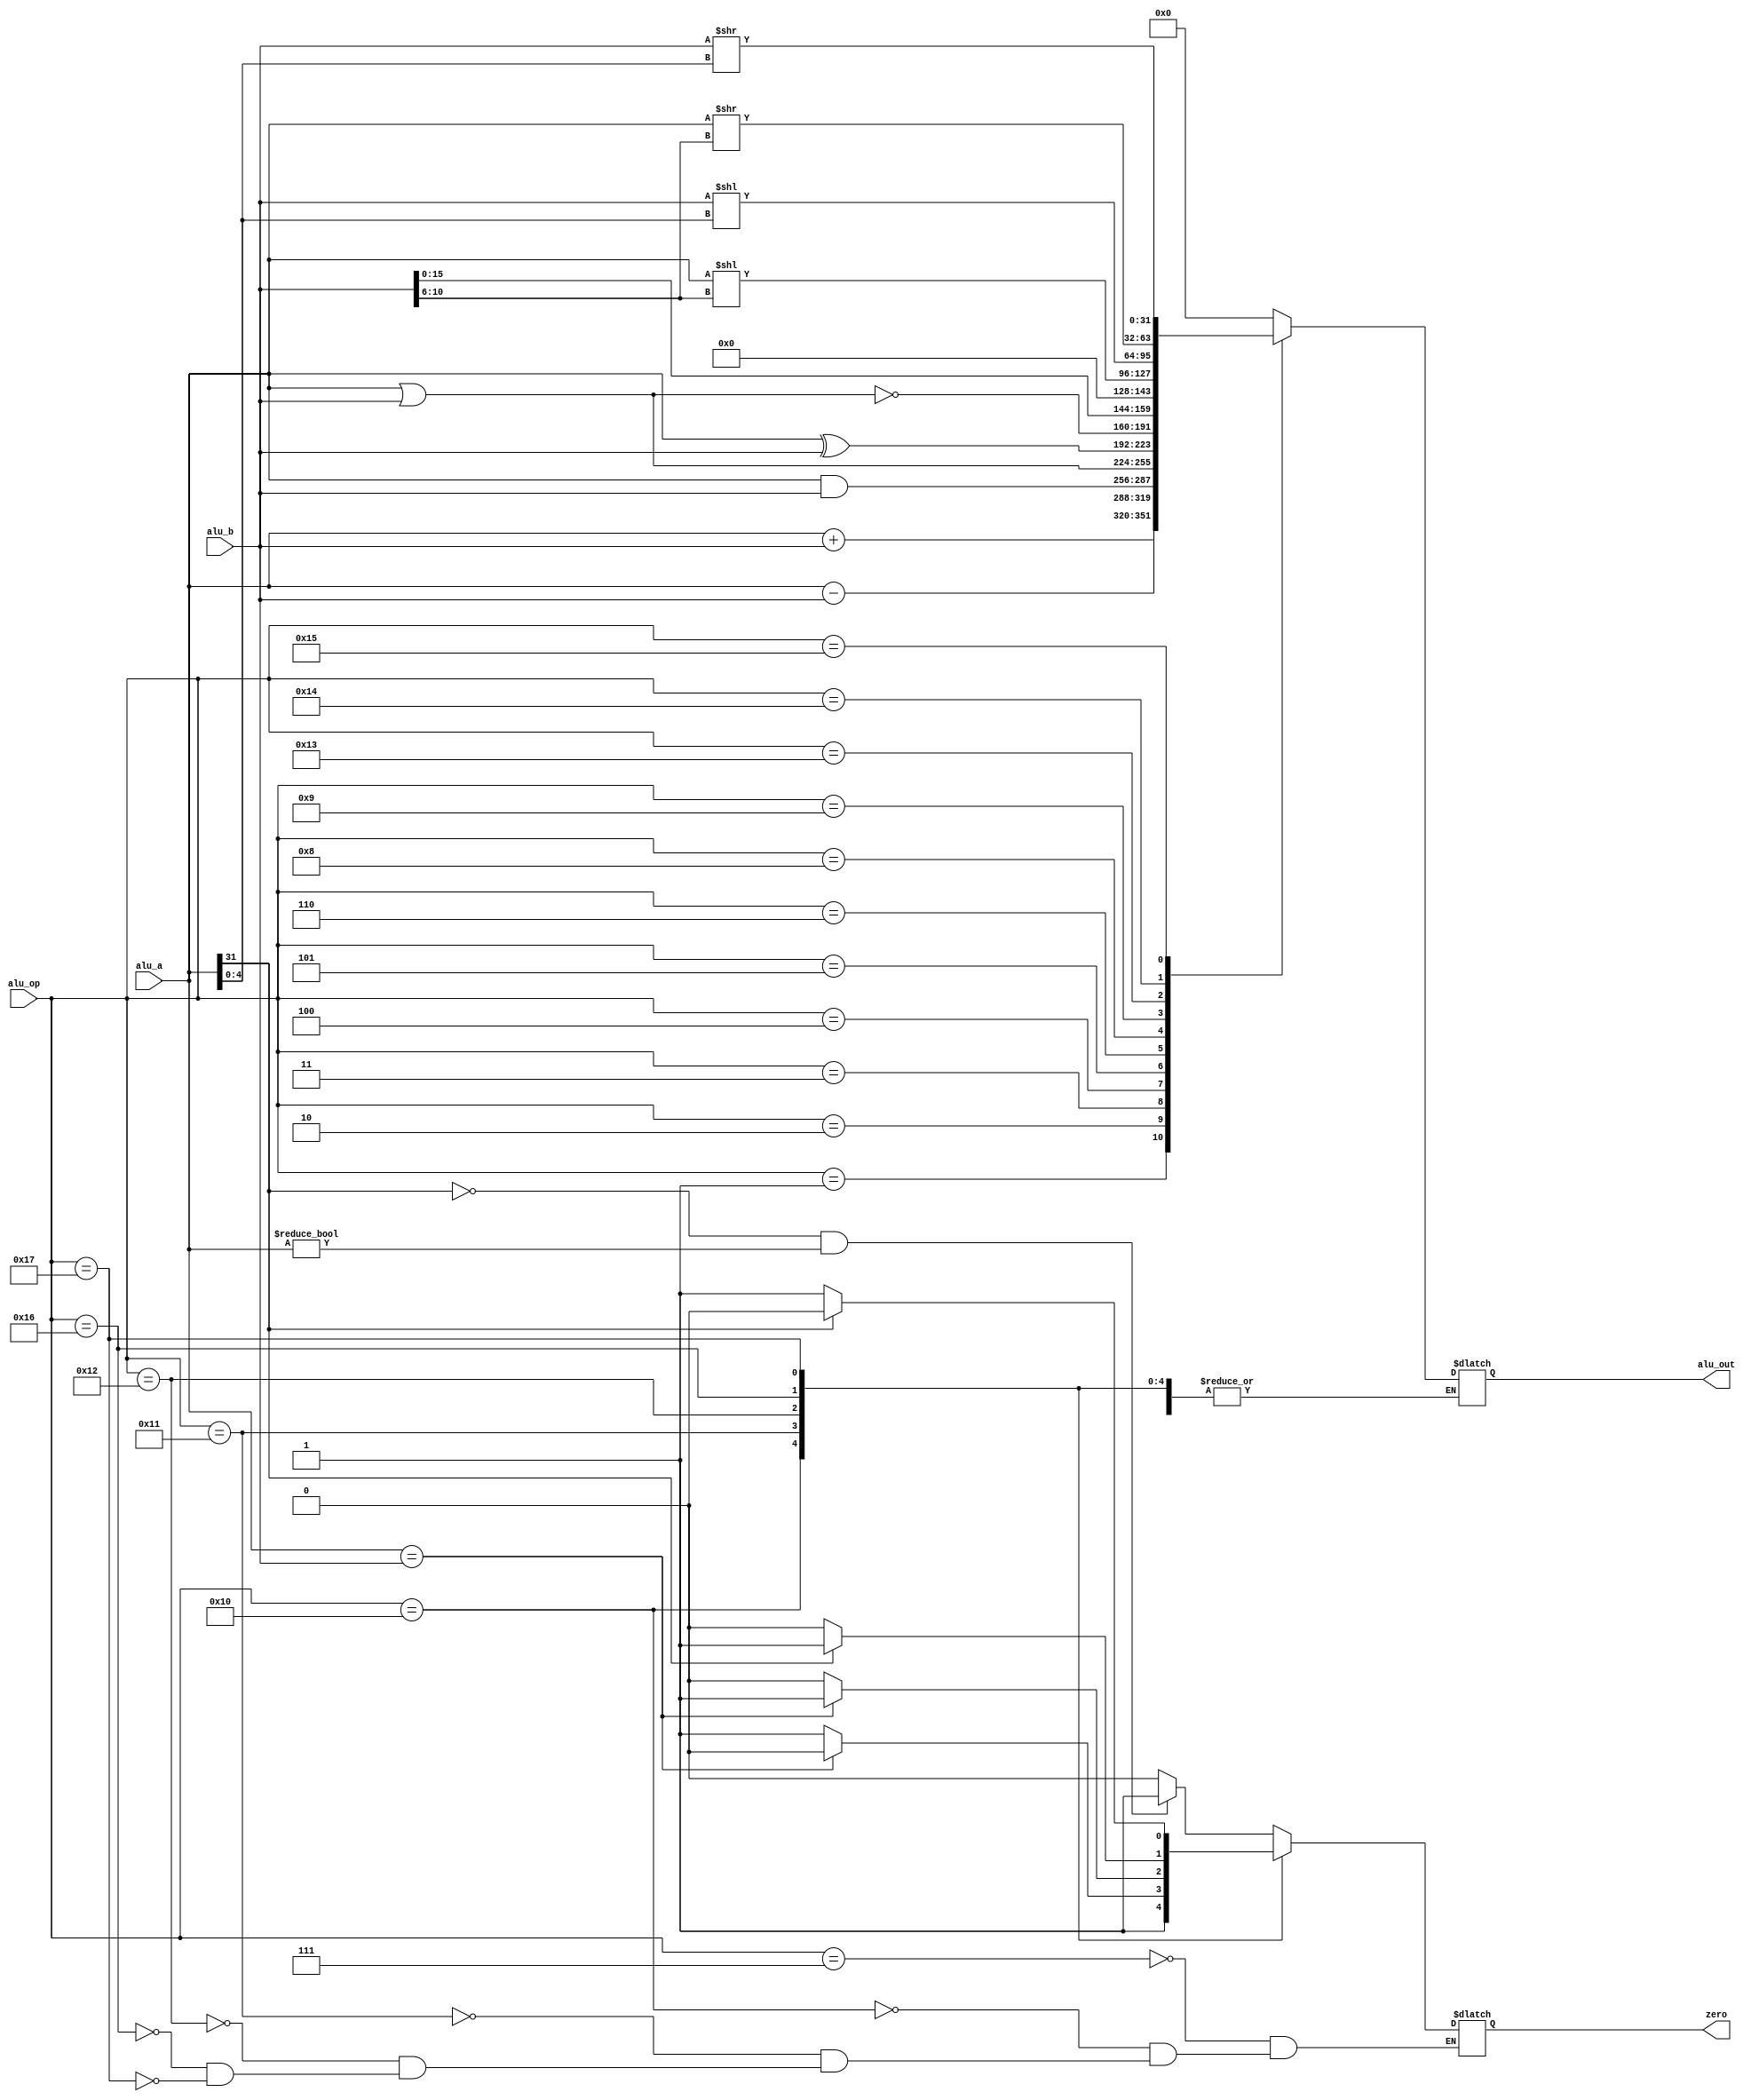
`timescale 1ns / 1ps

module ALU(
	input signed [31:0] alu_a,
	input signed [31:0] alu_b,
	input [4:0] alu_op,
	output reg [31:0] alu_out,
	output reg zero
    );

parameter A_NOP = 5'h00; //  
parameter A_ADD = 5'h01; //
parameter A_SUB = 5'h02; //
parameter A_AND = 5'h03; //
parameter A_OR  = 5'h04; //
parameter A_XOR = 5'h05; //
parameter A_NOR = 5'h06; //
parameter A_BGTZ = 5'h7;//bgtz
parameter A_LUI = 5'h8;//lui 
parameter A_SLL =5'h9;//
parameter A_JUMP = 5'h10;//jump  jr
parameter A_BNE = 5'h11;//bne 
parameter A_BEQ =5'h12;//beq 
parameter A_SLLV =5'h13;//sllv r-type
parameter A_SRL =5'h14;//
parameter A_SRLV =5'h15;//srlv r-type
parameter A_BLTZ = 5'h16;//bltz
parameter A_BGEZ = 5'h17;//bgez

initial zero=1;

always @(*)
begin
	case (alu_op)
	A_NOP:alu_out = 32'h0;
	A_ADD:alu_out = alu_a + alu_b;
	A_SUB:alu_out = alu_a - alu_b;
	A_AND:alu_out = alu_a & alu_b;
	A_OR: alu_out = alu_a | alu_b;
	A_XOR:alu_out = alu_a ^ alu_b;
	A_NOR:alu_out = ~(alu_a | alu_b);
	A_BGTZ: 
		begin
			if (alu_a[31:31]==0&&alu_a!=31'd0)//alu_a>0
				zero=1;
			else
				zero=0;
		end
	A_LUI:alu_out = {alu_b[15:0],16'd0};
	A_SLL:alu_out = alu_a<<alu_b[10:6];
	A_JUMP:zero=1;
	A_BNE:
		begin
			if (alu_a==alu_b)
				zero=0;
			else
				zero=1;
		end
	A_BEQ:
		begin
			if (alu_a==alu_b)
				zero=1;
			else
				zero=0;
		end
	A_SLLV:alu_out = alu_b<<alu_a[4:0];
	A_SRL:alu_out = alu_a>>alu_b[10:6];
	A_SRLV: alu_out = alu_b>>alu_a[4:0];
	A_BLTZ: 
		begin
			if (alu_a[31:31]==1)//alu_a<0
				zero=1;
			else
				zero=0;
		end
	A_BGEZ: 
		begin
			if (alu_a[31:31]==0)//alu_a>=0
				zero=1;
			else
				zero=0;
		end
	default: alu_out = 32'h0;
	endcase
end


endmodule